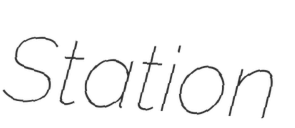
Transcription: Station